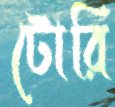
টোরি